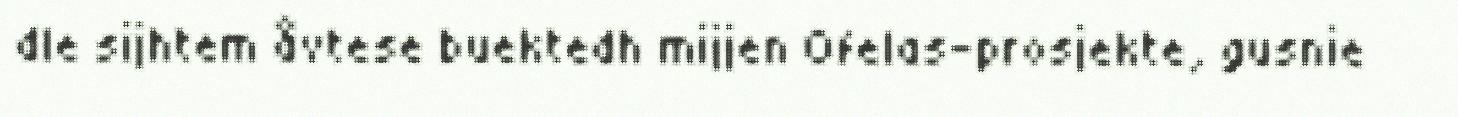
dle sijhtem åvtese buektedh mijjen Ofelas-prosjekte, gusnie